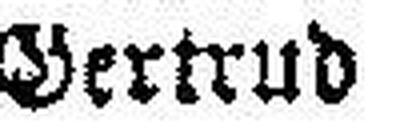
Gertrud